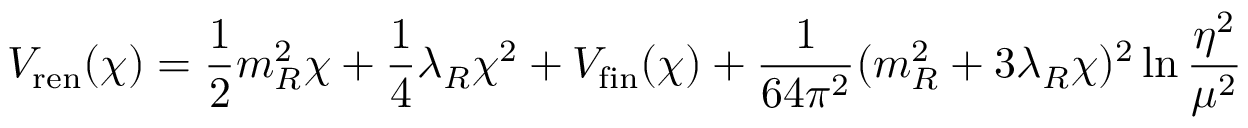
V _ { \mathrm { r e n } } ( \chi ) = \frac { 1 } { 2 } m _ { R } ^ { 2 } \chi + \frac { 1 } { 4 } \lambda _ { R } \chi ^ { 2 } + V _ { \mathrm { f i n } } ( \chi ) + \frac { 1 } { 6 4 \pi ^ { 2 } } ( m _ { R } ^ { 2 } + 3 \lambda _ { R } \chi ) ^ { 2 } \ln { \frac { \eta ^ { 2 } } { \mu ^ { 2 } } }